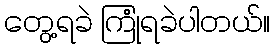
တွေ့ရခဲ ကြုံရခဲပါတယ်။